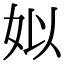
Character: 姒